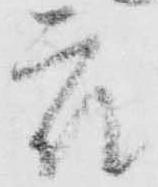
衆